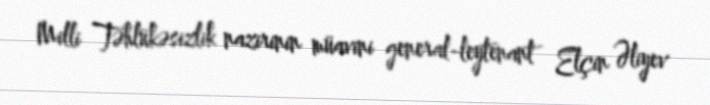
Milli Təhlükəsizlik nazirinin müavini general-leytenant Elçin Əliyev